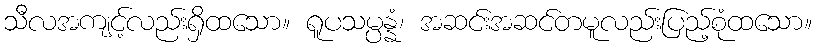
သီလအကျင့်လည်းရှိထသော။ ရူပသမ္ပန္နံ၊ အဆင်းအဆင်တမူလည်းပြည့်စုံထသော။